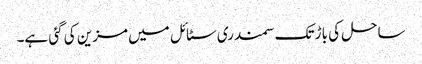
ساحل کی باڑ تک سمندری سٹائل میں مزین کی گئی ہے۔